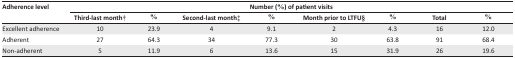
<table><thead><tr><td><b>Adherence level</b></td><td colspan="8"><b>Number (%) of patient visits</b></td></tr><tr><td></td><td><b>Third-last month†</b></td><td><b>%</b></td><td><b>Second-last month‡</b></td><td><b>%</b></td><td><b>Month prior to LTFU§</b></td><td><b>%</b></td><td><b>Total</b></td><td><b>%</b></td></tr></thead><tbody><tr><td>Excellent adherence</td><td>10</td><td>23.9</td><td>4</td><td>9.1</td><td>2</td><td>4.3</td><td><b>16</b></td><td><b>12.0</b></td></tr><tr><td>Adherent</td><td>27</td><td>64.3</td><td>34</td><td>77.3</td><td>30</td><td>63.8</td><td><b>91</b></td><td><b>68.4</b></td></tr><tr><td>Non-adherent</td><td>5</td><td>11.9</td><td>6</td><td>13.6</td><td>15</td><td>31.9</td><td><b>26</b></td><td><b>19.6</b></td></tr></tbody></table>